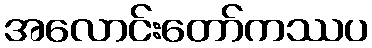
အလောင်းတော်ကဿပ